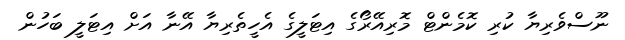
ނޫސްވެރިޔާ ކުރި ކޮމެންޓް މޮރިއޭރޯގެ އިޓަލީގެ އެހީތެރިޔާ އޭނާ އަށް އިޓަލީ ބަހުން